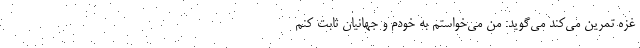
غزه تمرین می‌کند می‌گوید: من می‌خواستم به خودم و جهانیان ثابت کنم